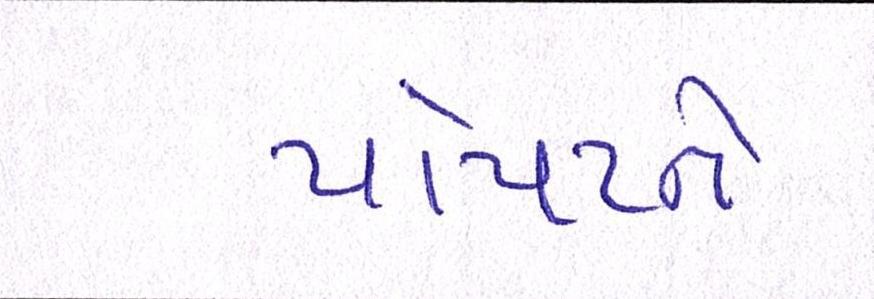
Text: પોપટને